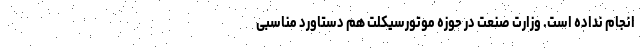
انجام نداده است. وزارت صنعت در حوزه موتورسیکلت هم دستاورد مناسبی